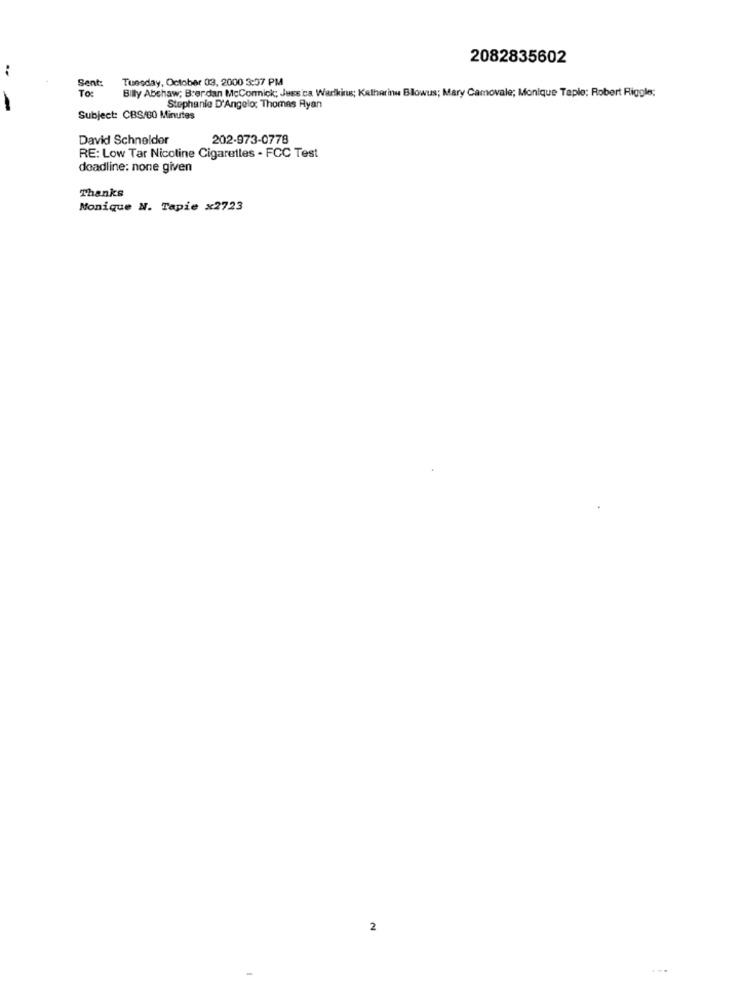
2082835602
..
Sent:
Tuesday, October 03, 2000 3:37 PM
To:
Billy Abshaw; Brerdan McConnick; Jessica Warlkins; Kathrinu Blowus; Mary Camovale; Monique Teple: Robert Riggle;
Stephanie D'Angelo; Thomas Ayan
Subject: CBS/80 Minutes
David Schneider
202-973-0778
RE: Low Tar Nicotine Cigarettes - FCC Test
deadline: none given
Thanks
Monique N. Tapie x2723
2